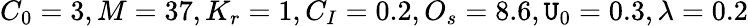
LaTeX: C_{0}=3,M=37,K_{r}=1,C_{I}=0.2,O_{s}=8.6,\mathtt{U}_{0}=0.3,\lambda=0.2